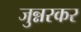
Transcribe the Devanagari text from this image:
जुन्नरकर